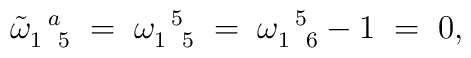
\tilde\omega_{1\enskip 5}^{\enskip a}\;=\;\omega_{1\enskip 5}^{\enskip  5}\;=\;\omega_{1\enskip 6}^{\enskip 5} - 1\;=\; 0,